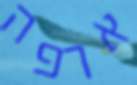
ארפה